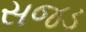
સજડ